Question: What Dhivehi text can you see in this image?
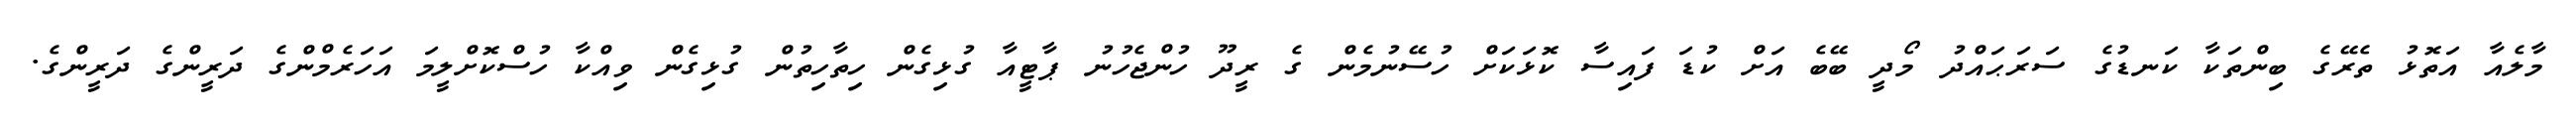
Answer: މާލެއާ އަތޮޅު ތެރޭގެ ބިންތަކާ ކަނޑުގެ ސަރަޙައްދު މޯދީ ބޭބެ އަށް ކުޑަ ފައިސާ ކޮޅަކަށް ހުސޭނުމެން ގެ ރީދޫ ހުންޖެހުނު ޕާޓީއާ ގުޅިގެން ހިތާހިތުން ގުޅިގެން ވިއްކާ ހުސްކޮށްލީމަ އަހަރެމްންގެ ދަރީންގެ ދަރީންގެ.